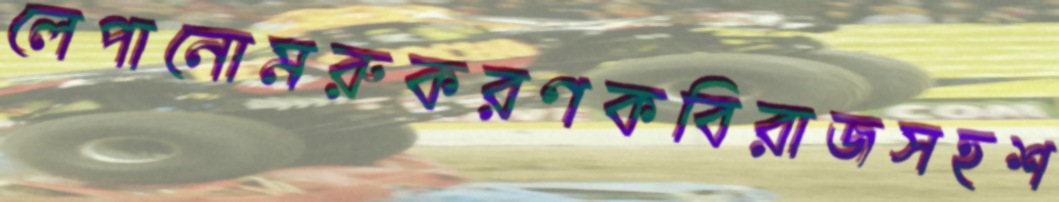
লেপানোমরুকরণকবিরাজসহশ